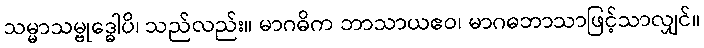
သမ္မာသမ္ဗုဒ္ဓေါပိ၊ သည်လည်း။ မာဂဓိက ဘာသာယဧဝ၊ မာဂဓဘာသာဖြင့်သာလျှင်။